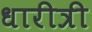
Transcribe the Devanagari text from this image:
धारीत्री